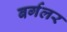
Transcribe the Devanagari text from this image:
बर्गलर